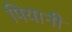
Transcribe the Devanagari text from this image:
पियानी